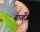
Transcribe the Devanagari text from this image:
मार्खेज